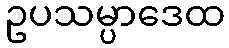
ဥပသမ္ပာဒေထ